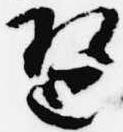
琶